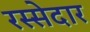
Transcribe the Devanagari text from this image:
रस्सेदार